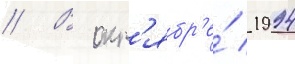
// В окт'ябр'е́ 1994